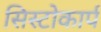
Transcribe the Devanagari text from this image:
सिस्टोकार्प